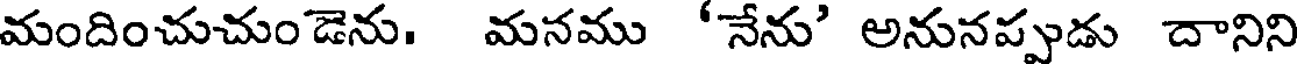
మందించుచుండెను. మనము 'నేను' అనునప్పుడు దానిని